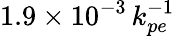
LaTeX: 1.9\times 10^{-3}\, k_{pe}^{-1}